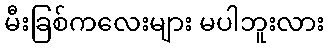
မီးခြစ်ကလေးများ မပါဘူးလား